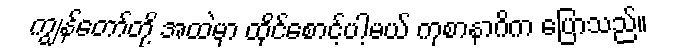
ကျွန်တော်တို့ အထဲမှာ ထိုင်စောင့်ပါ့မယ် ကုစာနာဂိက ပြောသည်။